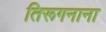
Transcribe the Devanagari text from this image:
तिरूगनाना